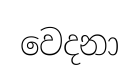
වෙදනා